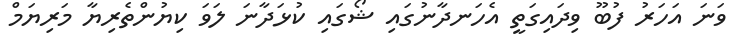
ވަނަ އަހަރު ފުބޫ ވިދައިގަތީ އެހަނދާނުގައި ޝޯގައި ކުޅަދާނަ ލަވަ ކިޔުންތެރިޔާ މަރިޔަމް